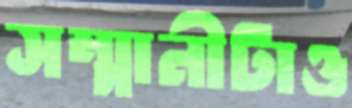
সম্মানীটাও